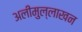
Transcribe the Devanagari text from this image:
अलीमुल्लाखन